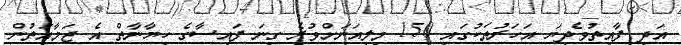
އަދި ފާއިތުވެދިޔަ އަހަރުތަކުގައި 150 މިލިއަނަށްވުރެ ގިނަ ފައިސާގެ ހިޔާނާތް އެ ޖަމާއަތުން